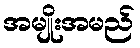
အမျိုးအမည်